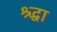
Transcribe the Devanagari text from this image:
श्र्द्धा